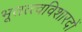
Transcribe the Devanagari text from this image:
भूतत्त्वविशारदों